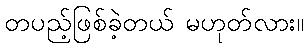
တပည့်ဖြစ်ခဲ့တယ် မဟုတ်လား။